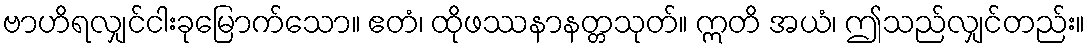
ဗာဟိရလျှင်ငါးခုမြောက်သော။ ဧတံ၊ ထိုဖဿနာနတ္တသုတ်။ ဣတိ အယံ၊ ဤသည်လျှင်တည်း။